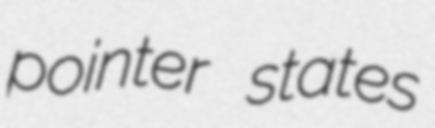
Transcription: pointer states